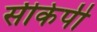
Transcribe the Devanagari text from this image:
सीकेपी